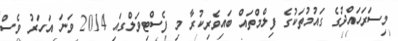
މިސަރަހައްދުގެ ގައުމުތަކުގެ ފިލްމްތައް ބައިވެރިކުރާ މި ފެސްޓިވަލްގައި 2014 ވަނަ އަހަރު ވެސް